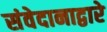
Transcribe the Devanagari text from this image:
संवेदानाद्वारे